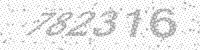
Solution: 782316